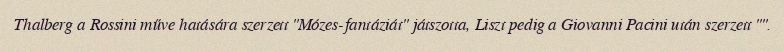
Thalberg a Rossini műve hatására szerzett "Mózes-fantáziát" játszotta, Liszt pedig a Giovanni Pacini után szerzett "".